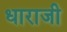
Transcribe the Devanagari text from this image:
धाराजी